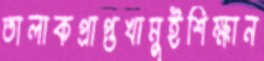
তালাকপ্রাপ্তখামুইশিক্ষান